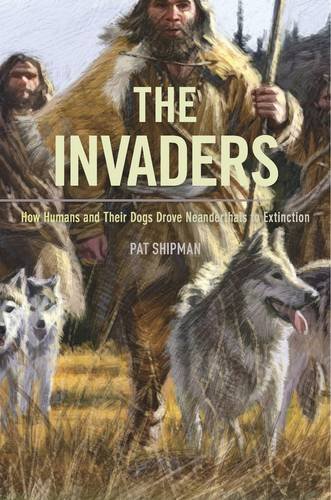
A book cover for The Invaders: How Humans and Their Dogs Drove Neanderthals to Extinction; Pat Shipman; Science & Math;